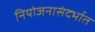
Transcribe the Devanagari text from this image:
नियोजनासंदर्भात